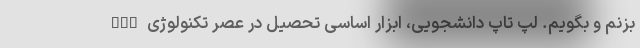
بزنم و بگویم. لپ تاپ دانشجویی، ابزار اساسی تحصیل در عصر تکنولوژی nan